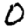
Digit: 0